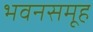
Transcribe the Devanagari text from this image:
भवनसमूह